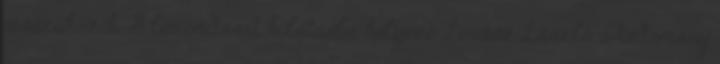
visszakozik. A lemondását kilátásba helyező Lovász László a tudomány